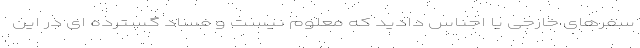
سفرهای خارجی یا اجناس دادید که معلوم نیست و فساد گسترده ای در این